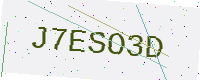
Text: J7ESO3D